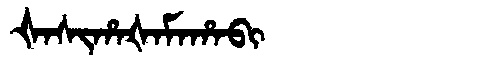
Manchu: ᡧᠠᠰᡳᡥᠠᡧᠠᠮᠠᡥᠠᠪᡳ
Romanization: ŠASIHAŠAMAHABI